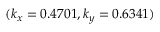
( k _ { x } = 0 . 4 7 0 1 , k _ { y } = 0 . 6 3 4 1 )